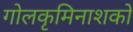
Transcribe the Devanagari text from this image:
गोलकृमिनाशकों